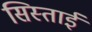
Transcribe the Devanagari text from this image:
सिस्ताई